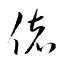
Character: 偖